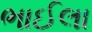
ભાઈલા